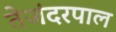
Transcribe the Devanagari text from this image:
तेजंदरपाल